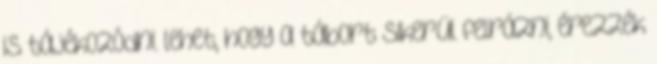
is tájékozódni. lehet, hogy a tábort sikerül felrázni, érezzék